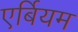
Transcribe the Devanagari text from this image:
एर्बियम